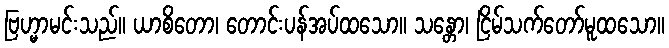
ဗြဟ္မာမင်းသည်။ ယာစိတော၊ တောင်းပန်အပ်ထသော။ သန္တော၊ ငြိမ်သက်တော်မူထသော။